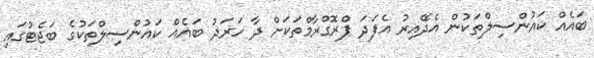
ބައެއް ކައުންސިލްތަކުން އެދޭއިރު އެފަދަ ޕްރޮގްރާމްތަކަށް ދާ ހަރަދު ބައެއް ކައުންސިލްތަކުގެ ބަޖެޓުގައި